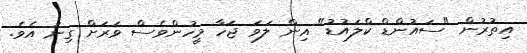
އިތުރުން "ސައުންޑް ކްލައުޑު" އިން ލަވަ ޖަހާ މީހުންވެސް ވަރަށް ގިނަ އެވެ.